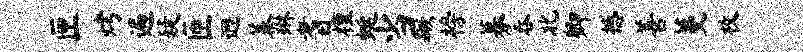
匣烤遍疑匝迥蓁琳耆檀蜓当蹶榜募吞北卿撼善蔓枚